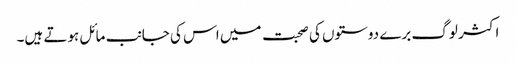
اکثر لوگ برے دوستوں کی صحبت میں اس کی جانب مائل ہوتے ہیں۔